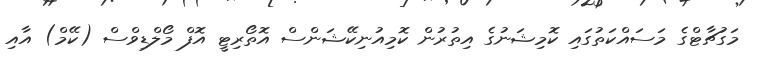
މަގުޗާޓްގެ މަސައްކަތުގައި ކޮމިޝަނުގެ އިތުރުން ކޮމިއުނިކޭޝަންސް އޮތޯރިޓީ އޮފް މޯލްޑިވްސް (ކޭމް) އާއި